Annual report on the Civil Veterinary Department, Burma (including the Insein Veterinary School) - 1923-1931
Year: 1923
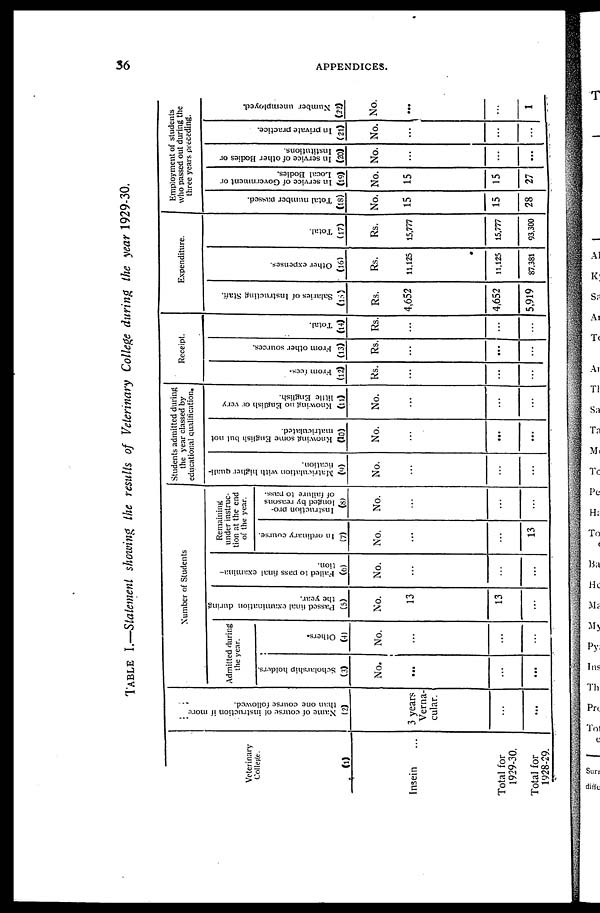
36
APPENDICES.
TABLE I.—Statement showing the results of Veterinary College during the year 1929-30.
Veterinary
College.
(1)
Insein ...
Total for
1929-30.
Total for
1928-29.
Name of course of instruction if more
than one course followed.
(2)
3 years
Verna-
cular.
...
...
Number of Students
Admitted during
the year.
Scholarship holders.
(3)
No.
...
...
...
Others.
(4)
No.
...
...
...
Passed final examination during
the year.
(5)
No.
13
13
...
Failed to pass final examina-
tion.
(6)
No.
...
...
...
Remaining
under instruc-
tion at the end
of the year.
In ordinary course.
(7)
No.
...
...
13
Instruction pro-
longed by reasons
of failure to pass.
(8)
No.
...
...
...
Students admitted during
the year classed by
educational qualification.
Matriculation with higher quali-
fication.
(9)
No.
...
...
...
Knowing some English but not
matriculated.
(10)
No.
...
...
...
Knowing no English or very
little English.
(11)
No.
...
...
...
Receipt.
From fees.
(12)
Rs.
...
...
...
From other sources.
(13)
Rs.
...
...
...
Total.
(14)
Rs.
...
...
...
Expenditure.
Salaries of Instructing Staff.
(16)
Rs.
4,652
4,652
5,919
Other expenses.
(16)
Rs.
11.125
11.125
87.381
Total.
(17)
Rs.
15,777
15,777
93.300
Employment of students
who passed out during the
three years preceding.
Total number passed.
(18)
No.
15
15
28
In service of Government or
Local Bodies.
(19)
No.
15
15
27
In service of other Bodies or
Institutions.
(20)
No.
...
...
...
In private practice.
(21)
No.
...
...
...
Number unemployed.
(22)
No.
...
...
1